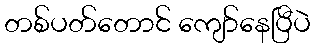
တစ်ပတ်တောင် ကျော်နေပြီပဲ